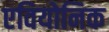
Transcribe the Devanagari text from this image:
एवियोनिक